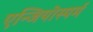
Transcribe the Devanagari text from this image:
एन्जियोस्पर्म